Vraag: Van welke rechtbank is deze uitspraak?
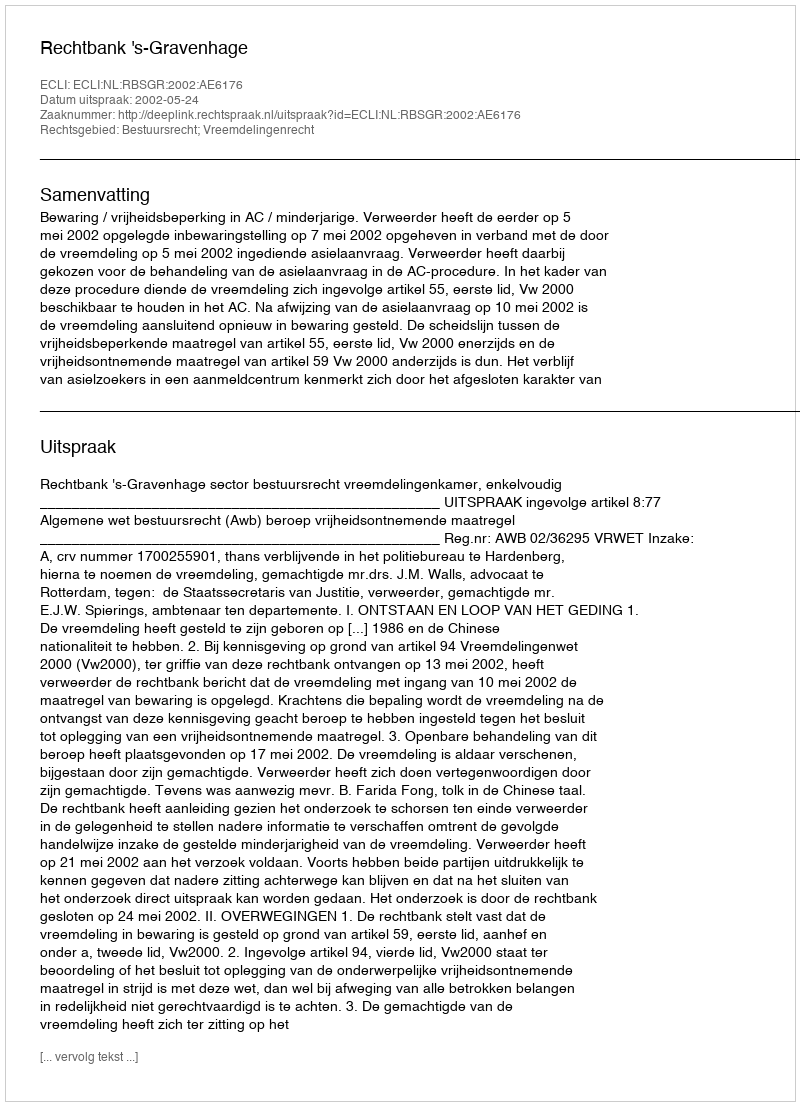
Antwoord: Rechtbank 's-Gravenhage